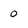
Character: 0